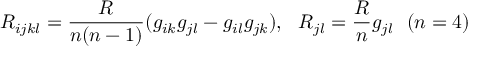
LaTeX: R _ { i j k l } = \frac { R } { n ( n - 1 ) } ( g _ { i k } g _ { j l } - g _ { i l } g _ { j k } ) , ~ ~ R _ { j l } = \frac { R } { n } g _ { j l } ~ ~ ( n = 4 )